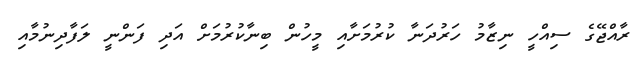
ރާއްޖޭގެ ސިއްހީ ނިޒާމު ހަރުދަނާ ކުރުމަށާއި މީހުން ބިނާކުރުމަށް އަދި ފަންނީ ލަފާދިނުމާއި